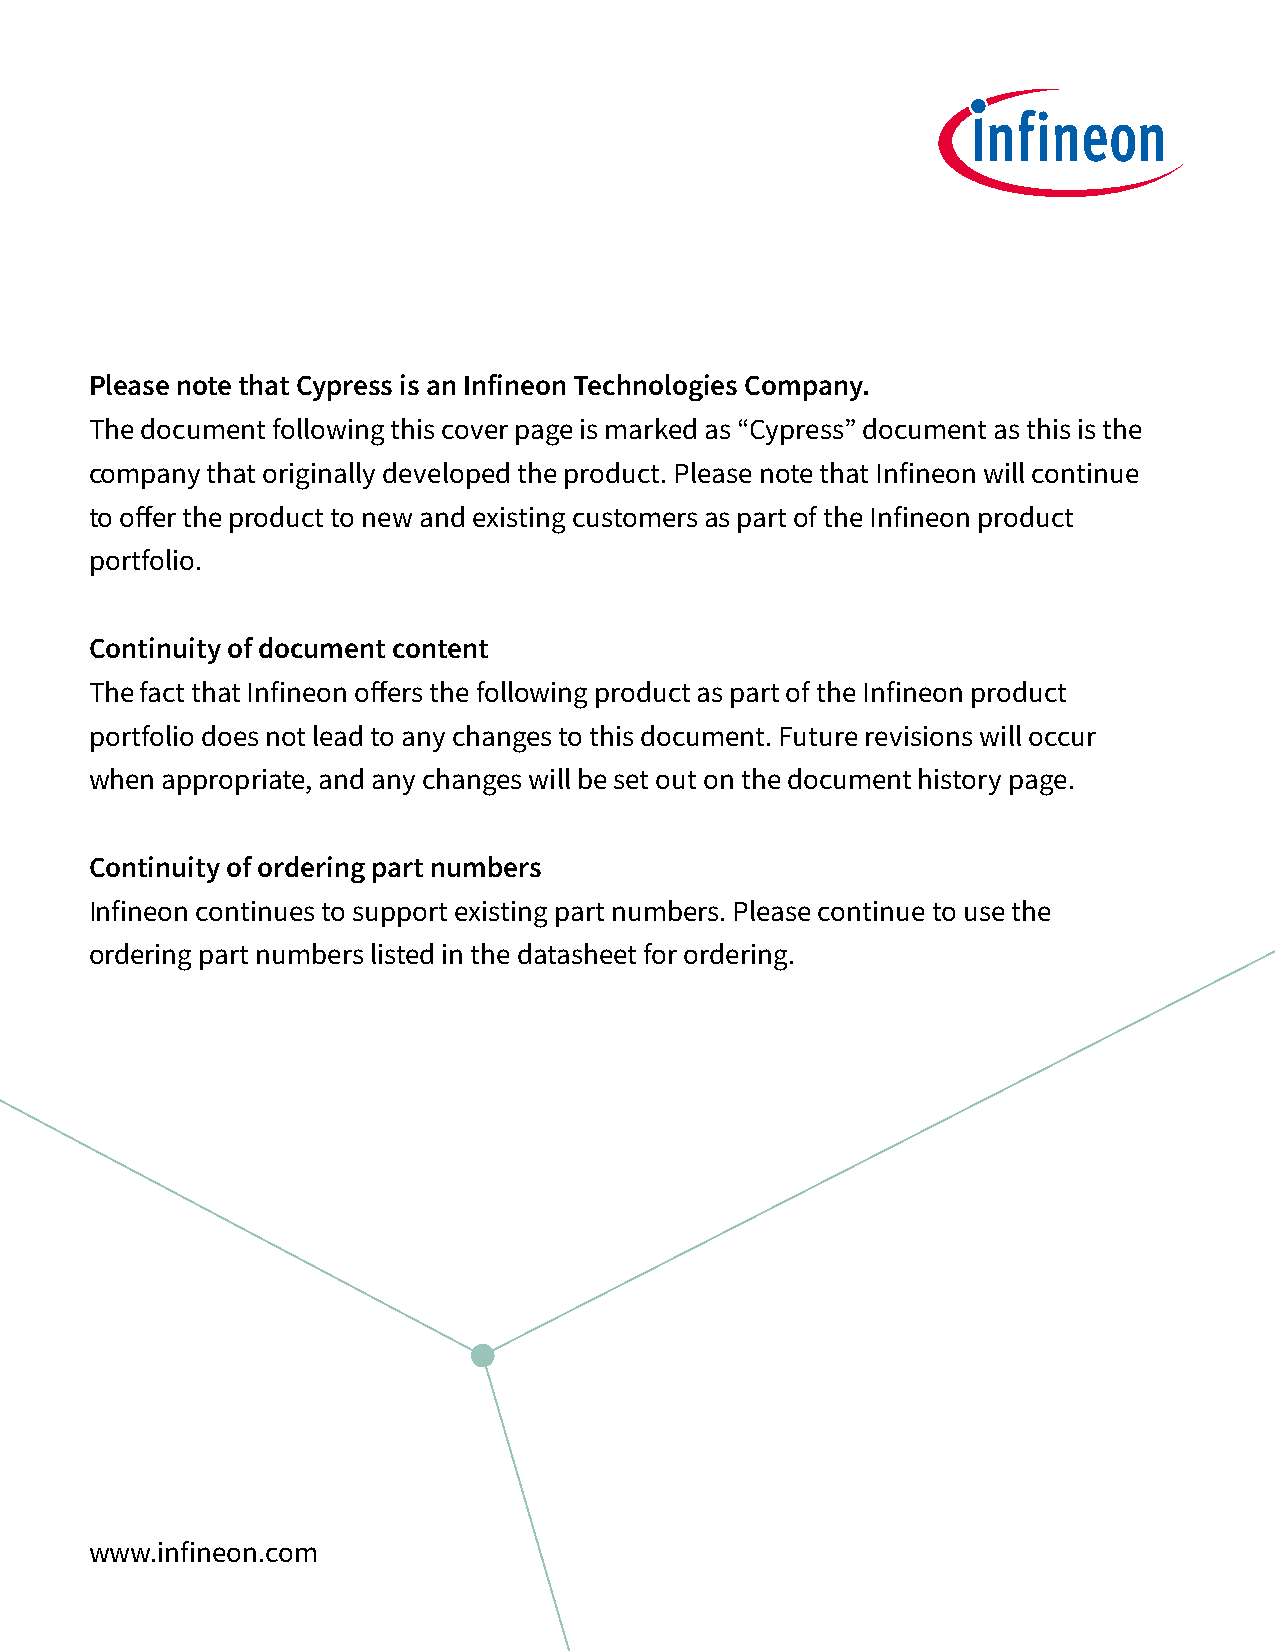
Please note that Cypress is an Infineon Technologies Company.
 The document following this cover page is marked as “Cypress” document as this is the
 company that originally developed the product. Please note that Infineon will continue
 to offer the product to new and existing customers as part of the Infineon product
 portfolio.
 Continuity of document content
 The fact that Infineon offers the following product as part of the Infineon product
 portfolio does not lead to any changes to this document. Future revisions will occur
 when appropriate, and any changes will be set out on the document history page.
 Continuity of ordering part numbers
 Infineon continues to support existing part numbers. Please continue to use the
 ordering part numbers listed in the datasheet for ordering.
 www.infineon.com